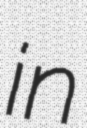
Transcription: in